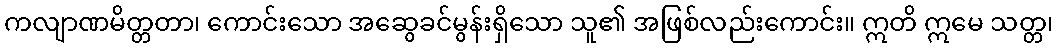
ကလျာဏမိတ္တတာ၊ ကောင်းသော အဆွေခင်မွန်းရှိသော သူ၏ အဖြစ်လည်းကောင်း။ ဣတိ ဣမေ သတ္တ၊